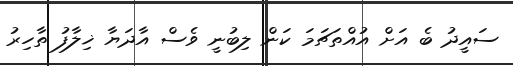
ސައީދު ބެ އަށް އުއްތަޗަމަ ކަން ލިބުނީ ވެސް އާދަޔާ ޚިލާފު ތާހިރު